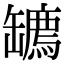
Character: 𦉙